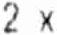
2 X